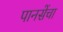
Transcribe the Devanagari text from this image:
पानसेंचा